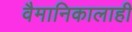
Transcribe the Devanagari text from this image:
वैमानिकालाही